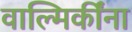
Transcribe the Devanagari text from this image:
वाल्मिकींना